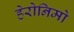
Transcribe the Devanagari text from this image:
हेरोनिमो